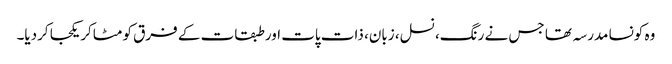
وہ کونسا مدرسہ تھا جس نے رنگ، نسل، زبان، ذات پات اور طبقات کے فرق کو مٹاکر یکجا کردیا۔